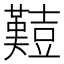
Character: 𪤱